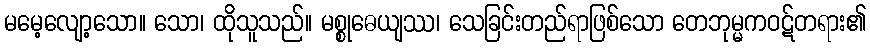
မမေ့လျော့သော။ သော၊ ထိုသူသည်။ မစ္စုဓေယျဿ၊ သေခြင်းတည်ရာဖြစ်သော တေဘုမ္မကဝဋ်တရား၏